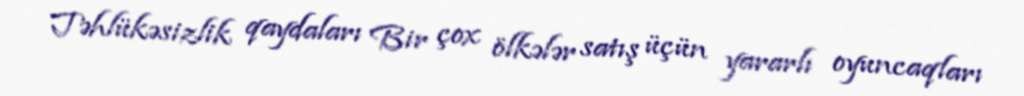
Təhlükəsizlik qaydaları Bir çox ölkələr satış üçün yararlı oyuncaqları